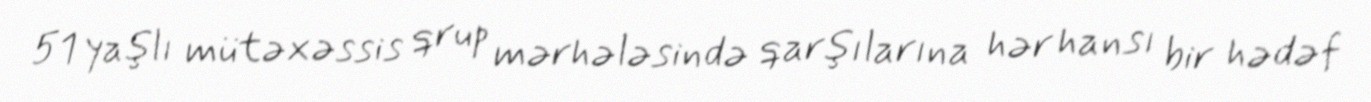
51 yaşlı mütəxəssis qrup mərhələsində qarşılarına hər hansı bir hədəf